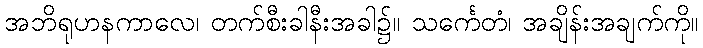
အဘိရုဟနကာလေ၊ တက်စီးခါနီးအခါ၌။ သင်္ကေတံ၊ အချိန်းအချက်ကို။